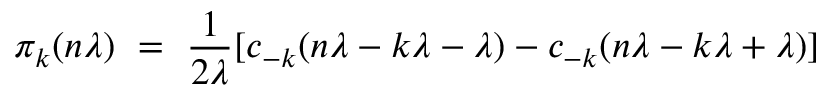
\pi _ { k } ( n \lambda ) \ = \ \frac { 1 } { 2 \lambda } [ c _ { - k } ( n \lambda - k \lambda - \lambda ) - c _ { - k } ( n \lambda - k \lambda + \lambda ) ]